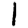
Digit: 1